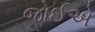
જોઈએ